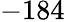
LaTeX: -184